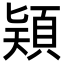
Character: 𩒠